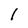
Character: 1